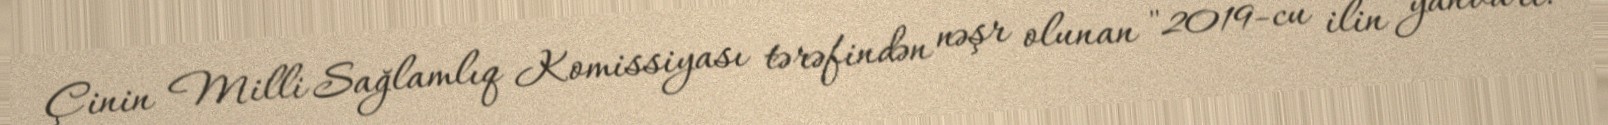
Çinin Milli Sağlamlıq Komissiyası tərəfindən nəşr olunan "2019-cu ilin yanvarı: